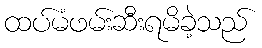
ထပ်မံဖမ်းဆီးရမိခဲ့သည်